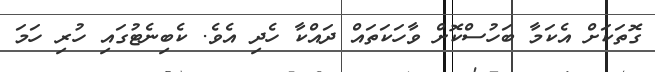
ގޮތަކަށް އެކަމާ ބަހުސްކޮށް ވާހަކަތައް ދައްކާ ހެދި އެވެ. ކެބިނެޓުގައި ހުރި ހަމަ